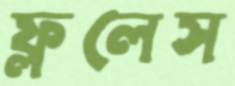
ফ্ললেস